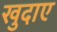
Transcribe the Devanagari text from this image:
खुदाए